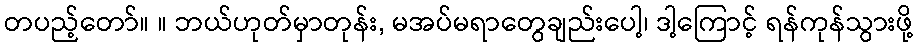
တပည့်တော်။ ။ ဘယ်ဟုတ်မှာတုန်း, မအပ်မရာတွေချည်းပေါ့၊ ဒါ့ကြောင့် ရန်ကုန်သွားဖို့